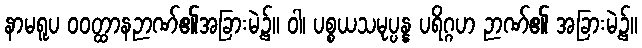
နာမရူပ ဝဝတ္ထာနဉာဏ်၏အခြားမဲ့၌။ ဝါ၊ ပစ္စယသမုပ္ပန္န ပရိဂ္ဂဟ ဉာဏ်၏ အခြားမဲ့၌။